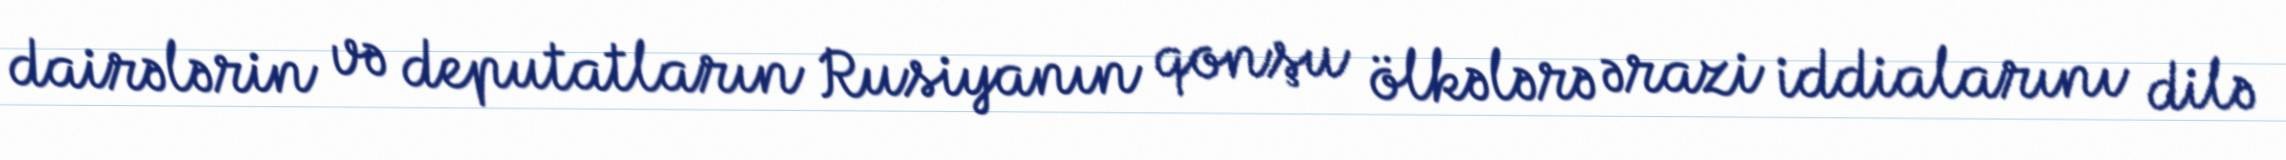
dairələrin və deputatların Rusiyanın qonşu ölkələrə ərazi iddialarını dilə